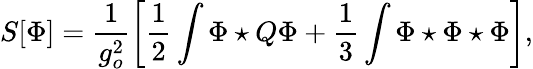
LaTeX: S[\Phi]=\frac{1}{g_{o}^{2}}\left[\frac 12\int\Phi\star Q\Phi+\frac 13\int\Phi\star\Phi\star\Phi\right],